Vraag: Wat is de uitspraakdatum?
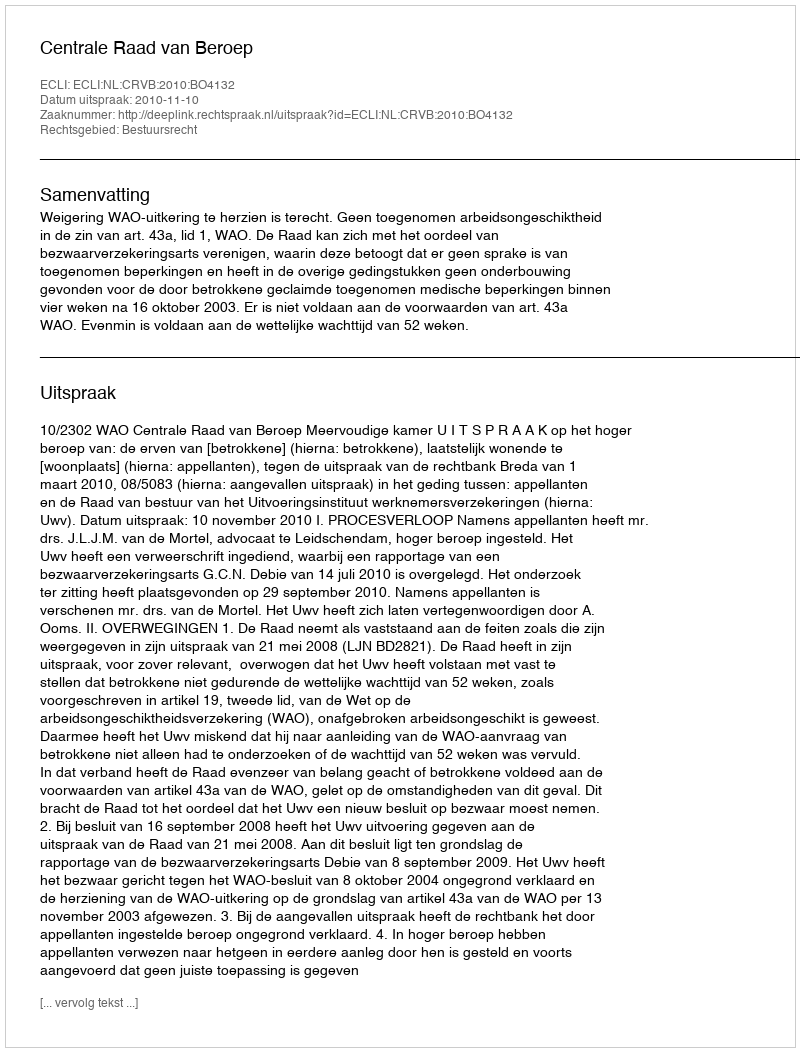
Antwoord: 2010-11-10